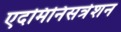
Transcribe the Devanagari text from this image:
एदमिनिसत्रेशन